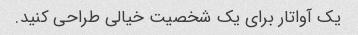
یک آواتار برای یک شخصیت خیالی طراحی کنید.